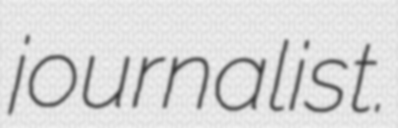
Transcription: journalist.